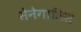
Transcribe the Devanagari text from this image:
सेनेगालिस